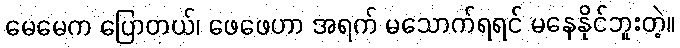
မေမေက ပြောတယ်၊ ဖေဖေဟာ အရက် မသောက်ရရင် မနေနိုင်ဘူးတဲ့။